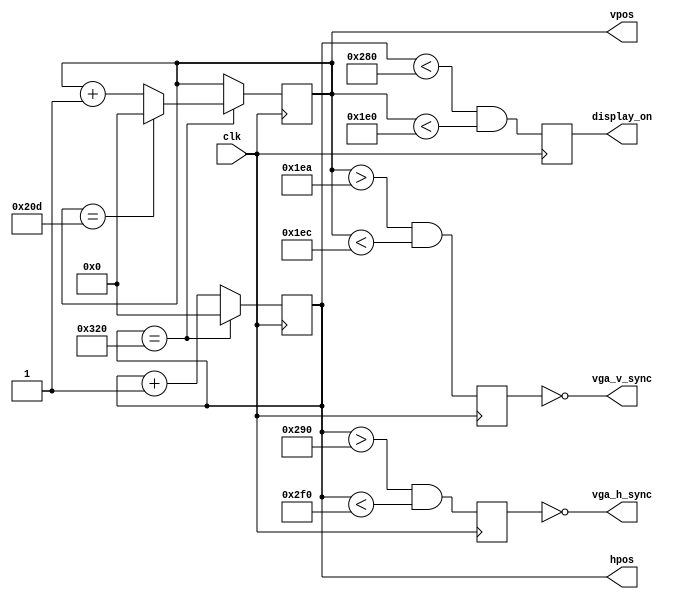
`ifndef K16HVSYNCGENERATOR_H
`define K16HVSYNCGENERATOR_H

module K16HvsyncGenerator(clk, vga_h_sync, vga_v_sync, display_on, hpos, vpos);
input clk;
output vga_h_sync, vga_v_sync;
output reg display_on;
output reg [9:0] hpos;
output reg [9:0] vpos;

//////////////////////////////////////////////////
wire hposmaxed = (hpos == 800); // 16 + 48 + 96 + 640
wire vposmaxed = (vpos == 525); // 10 + 2 + 33 + 480

always @(posedge clk)
if(hposmaxed)
	hpos <= 0;
else
	hpos <= hpos + 1;

always @(posedge clk)
begin
	if (hposmaxed)
	begin
		if(vposmaxed)
			vpos <= 0;
		else
			vpos <= vpos + 1;
	end
end

reg	vga_HS, vga_VS;
always @(posedge clk)
begin
	vga_HS <= (hpos > (640 + 16) && (hpos < (640 + 16 + 96)));   // active for 96 clocks
	vga_VS <= (vpos > (480 + 10) && (vpos < (480 + 10 + 2)));   // active for 2 clocks
end

always @(posedge clk)
begin
		display_on <= (hpos < 640) && (vpos < 480);
end

assign vga_h_sync = ~vga_HS;
assign vga_v_sync = ~vga_VS;

endmodule

`endif